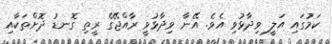
ކަމުގައި އަލީ ވިދާޅުވި އެވެ. އޭނާ ވިދާޅުވީ ރާއްޖޭގެ ރީތި ގޮނޑު ދޮށްތަކާއި